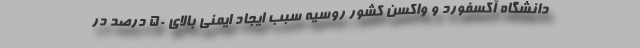
دانشگاه آکسفورد و واکسن کشور روسیه سبب ایجاد ایمنی بالای ۵۰ درصد در